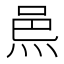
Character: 𨚋